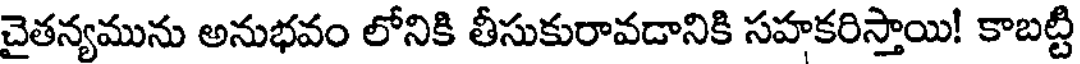
చైతన్యమును అనుభవం లోనికి తీసుకురావడానికి సహకరిస్తాయి! కాబట్టి